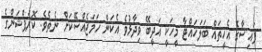
ފައިސާގެ އެހީތައް ބަލަހައްޓާ މީހަކީ އަދީބޭ ވިދާޅުވެ އެކަން ހަމަޖެއްސޭކަށް ނެތެވެ. ކޮރަޕްޝަންގެ